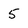
Character: 5